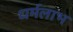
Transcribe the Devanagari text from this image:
धर्मलाभ